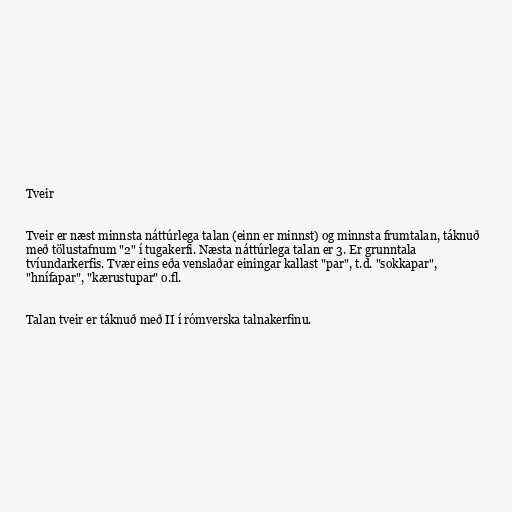
Tveir

Tveir er næst minnsta náttúrlega talan (einn er minnst) og minnsta frumtalan, táknuð
með tölustafnum "2" í tugakerfi. Næsta náttúrlega talan er 3. Er grunntala
tvíundarkerfis. Tvær eins eða venslaðar einingar kallast "par", t.d. "sokkapar",
"hnífapar", "kærustupar" o.fl.

Talan tveir er táknuð með II í rómverska talnakerfinu.